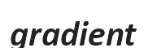
gradient